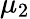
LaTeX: \mu_{2}